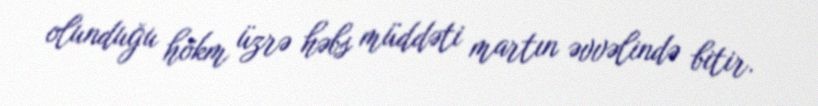
olunduğu hökm üzrə həbs müddəti martın əvvəlində bitir.